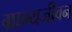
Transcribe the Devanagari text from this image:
ग्राम्यजीवन